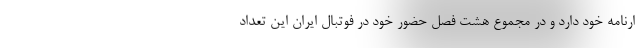
ارنامه خود دارد و در مجموع هشت فصل حضور خود در فوتبال ایران این تعداد